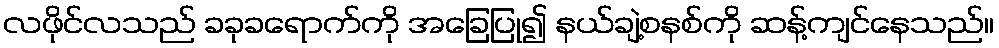
လဖိုင်လသည် ခခုခရောက်ကို အခြေပြု၍ နယ်ချဲ့စနစ်ကို ဆန့်ကျင်နေသည်။